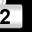
Digit: 2